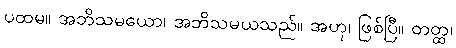
ပထမ။ အဘိသမယော၊ အဘိသမယသည်။ အဟု၊ ဖြစ်ပြီ။ တတ္ထ၊